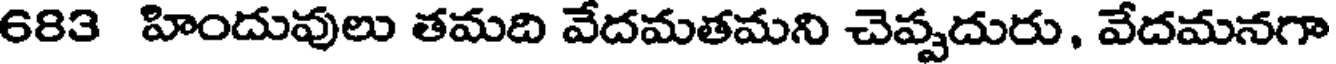
683 హిందువులు తమది వేదమతమని చెప్పదురు, వేదమనగా